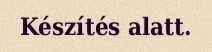
Készítés alatt.